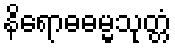
နိရောဓဓမ္မသုတ္တံ